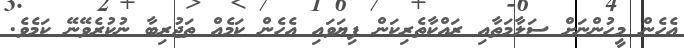
އެހެން މީހުންނަށް ސަލާމަތާއި ރައްކާތެރިކަން ފިޔަވައި އެހެން ކަމެއް ތަޖުރިބާ ނުކުރެވޭނޭ ކަމެވެ.